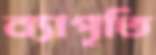
ব্যাপৃতি